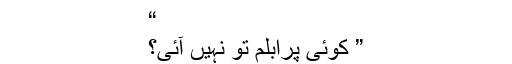
“
” کوئی پرابلم تو نہیں آئی؟